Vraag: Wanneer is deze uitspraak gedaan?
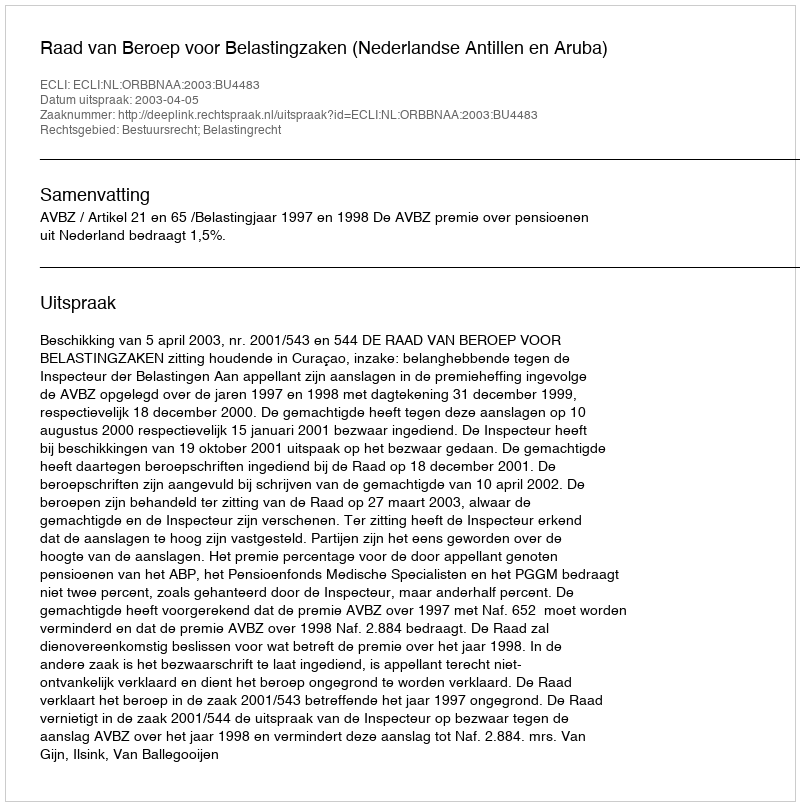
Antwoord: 2003-04-05